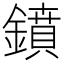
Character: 鐼